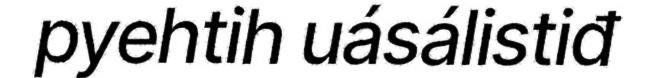
pyehtih uásálistiđ